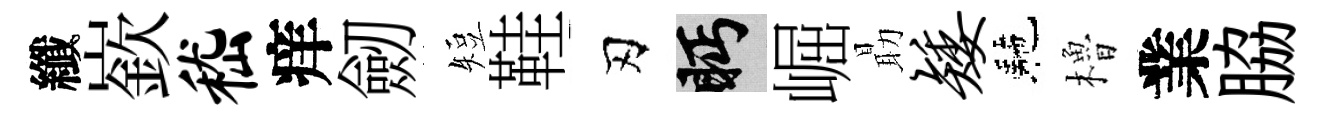
纖嶔嵇痒劒短鞋刃眄崛朂矮駰櫓業脇